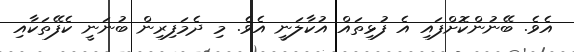
އެވެ. ބޭނުންކޮށްފައި އެ ފުޅިތައް އުކާލަނީ އެވެ. މި ދެމަފިރިން ބުނަނީ ކެފޭތަކާއި